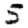
Digit: 5